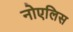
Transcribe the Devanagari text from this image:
नोएलिस